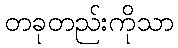
တခုတည်းကိုသာ